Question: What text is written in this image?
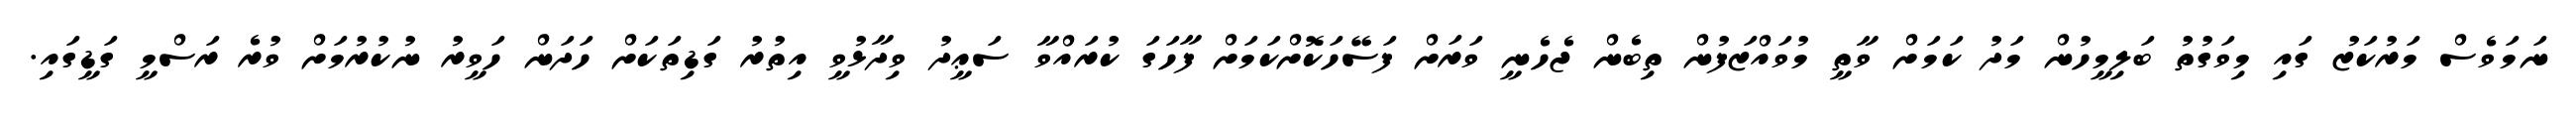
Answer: ނަމަވެސް މަރުކަޒު ގައި މިވަގުތު ބަލިމީހުން މަދު ކަމަށް ވާތީ މުވައްޒަފުން ތިބެން ޖެހެނީ ވަރަށް ފަސޭހަކޮށްކަމަށް ފާހަގަ ކުރައްވާ ސަޢީދު ވިދާޅުވީ އިތުރު ގަޑިތަކަށް ހަދަން ހަވީރު ނުކުރުމަށް ވުރެ ރަސްމީ ގަޑީގައި.